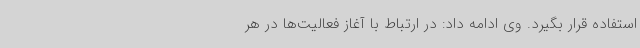
استفاده قرار بگیرد. وی ادامه داد: در ارتباط با آغاز فعالیت‌ها در هر